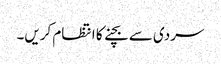
سردی سے بچنے کا انتظام کریں۔